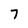
Character: 7